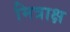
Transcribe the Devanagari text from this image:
मित्राक्ष